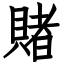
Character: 賭